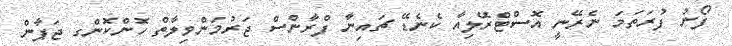
ފޯނު ފުރަތަމަ ނެރޭނީ އޮސްޓްރޭލިއާ ކެނެޑޭ ޗައިނާ ފްރާންސް ޖަރުމަންވިލާތް ހޮންކޮންގ ޖަޕާން